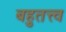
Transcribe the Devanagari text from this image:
बहुतत्त्व